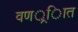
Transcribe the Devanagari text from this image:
वणर््िात